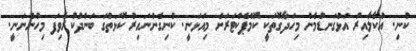
ކުނި. އުކާލާއިރު އަޅުގަނޑުމެން މިހަދާގޮތަކީ ކޮމްޕެކްޓަރަށް މިއަޅަނީ. ކުނިގެންނައިރު ކޮޅަތުގަ ބަންދުކުރެވިފަ މިހުންނަނީ.